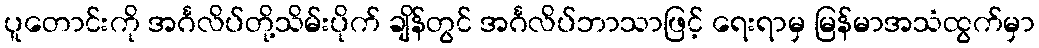
ပူတောင်းကို အင်္ဂလိပ်တို့သိမ်းပိုက် ချိန်တွင် အင်္ဂလိပ်ဘာသာဖြင့် ရေးရာမှ မြန်မာအသံထွက်မှာ